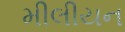
મીલીયન